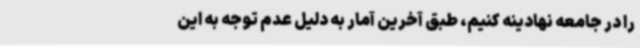
را در جامعه نهادینه کنیم، طبق آخرین آمار به دلیل عدم توجه به این